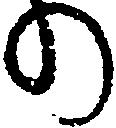
の